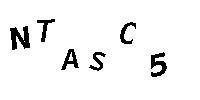
NTASC5